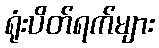
ရုံးပိတ်ရက်များ